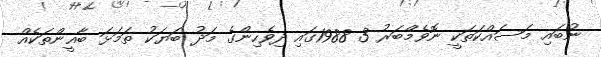
ނުބައި މަސައްކަތަކީ ނޮވެމްބަރު 3 1988ގައި ދިވެހިންގެ މަދު ބަޔަކު ތަމަޅަ ބާޣީންތަކެއް